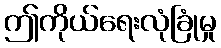
ဤကိုယ်ရေးလုံခြုံမှု